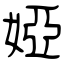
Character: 婭